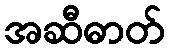
အဆီဓာတ်